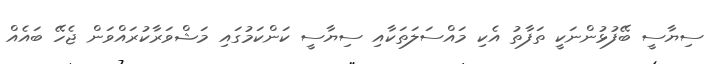
ސިޔާސީ ބޭފުޅުންނަކީ ތަފާތު އެކި މައްސަލަތަކާއި ސިޔާސީ ކަންކަމުގައި މަޝްވަރާކުރައްވަން ޖެހޭ ބައެއް